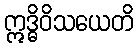
ဣဒ္ဓိဝိသယေတိ